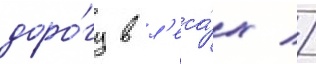
доро́гу в л'еса́х //